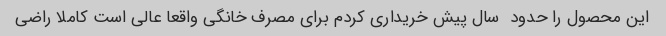
این محصول را حدود  سال پیش خریداری کردم برای مصرف خانگی واقعا عالی است کاملا راضی